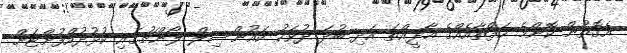
އެގޮތުން ކޮންމެ ހަފްތާއެއްގެ އާދީއްތަ އަދި ބުދަ ދުވަހު ކައުންސިލް ލޯންޗުގައި ކުޅުދުއްފުށްޓަށް